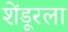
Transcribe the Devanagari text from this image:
शेंडूरला